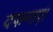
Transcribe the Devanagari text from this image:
दफनाएं।